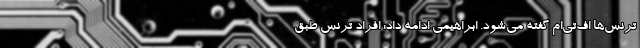
ترنس‌ها اف‌تی‌ام گفته می‌شود. ابراهیمی ادامه داد: افراد ترنس‌ طبق